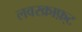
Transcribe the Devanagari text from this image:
लवरक्राफ़्ट